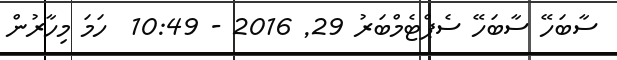
ސާބަހޭ ސާބަހޭ ސެޕްޓެމްބަރު 29